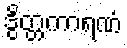
ဒွိတ္တကာရဏံ